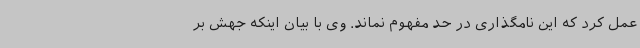
عمل کرد که این نامگذاری در حد مفهوم نماند. وی با بیان اینکه جهش بر